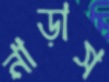
নাড়াস